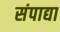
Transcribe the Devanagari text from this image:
संपाद्या